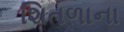
શિતળાના